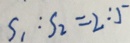
S _ { 1 } : S _ { 2 } = 2 : 5